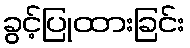
ခွင့်ပြုထားခြင်း